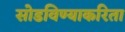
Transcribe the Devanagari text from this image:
सोडविण्‍याकरिता